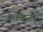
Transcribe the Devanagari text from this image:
भालजींचे